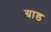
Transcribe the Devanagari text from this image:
ग्राड